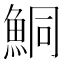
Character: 鮦